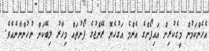
އެހެންކަމުން މީގެކުރިން އައިފޯންގެ އެންމެ އަގުހެޔޮ ރޭންޖުގެ ފޯނުތައް މިހާރު ލިބޭކަށް ނުހުންނާނެއެވެ.